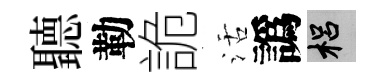
聽勒詭活譌梠